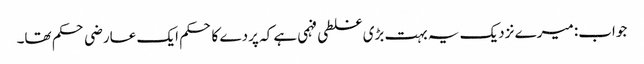
جواب: میرے نزدیک یہ بہت بڑی غلطی فہمی ہے کہ پردے کا حکم ایک عارضی حکم تھا۔